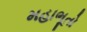
મહાભૂતો